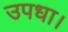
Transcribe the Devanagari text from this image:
उपधा।